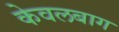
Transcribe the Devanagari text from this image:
केवलबाग